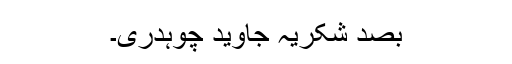
بصد شکریہ جاوید چوہدری۔